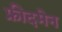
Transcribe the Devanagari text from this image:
फ्रीदमेन